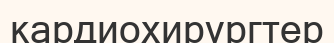
кардиохирургтер